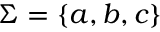
\Sigma = \{ a , b , c \}